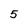
Character: 5